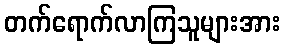
တက်ရောက်လာကြသူများအား